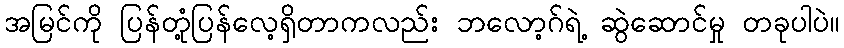
အမြင်ကို ပြန်တုံ့ပြန်လေ့ရှိတာကလည်း ဘလော့ဂ်ရဲ့ ဆွဲဆောင်မှု တခုပါပဲ။